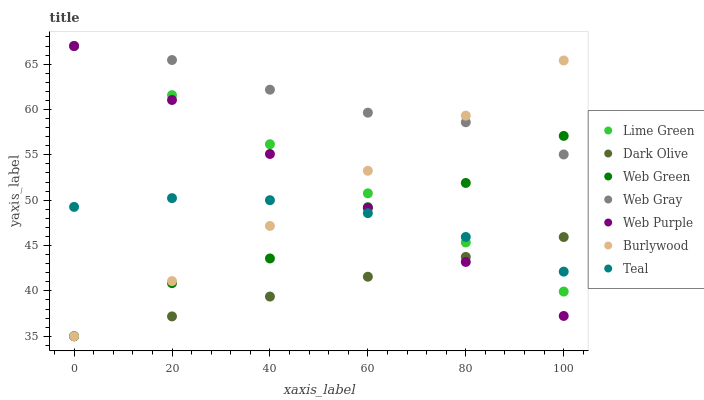
| xaxis_label | Lime Green | Dark Olive | Web Green | Web Gray | Web Purple | Burlywood | Teal |
 | --- | --- | --- | --- | --- | --- | --- | --- |
 | 0 | 67 | 35 | 35 | 67 | 67 | 35 | 49.3 |
 | 20 | 61.6 | 37.2 | 40.9 | 65.5 | 61 | 41.1 | 50.2 |
 | 40 | 56.2 | 39.4 | 43.6 | 62.2 | 55.1 | 47.2 | 50 |
 | 60 | 50.8 | 41.6 | 49.2 | 59.7 | 49.1 | 53.2 | 48.6 |
 | 80 | 45.3 | 43.8 | 51.9 | 58.6 | 43.2 | 59.3 | 45.9 |
 | 100 | 39.9 | 45.9 | 57.1 | 55 | 37.2 | 65.4 | 42.1 |